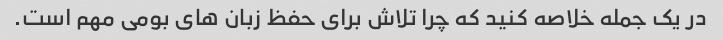
در یک جمله خلاصه کنید که چرا تلاش برای حفظ زبان های بومی مهم است.